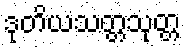
ဒုတိယသတ္တသုတ္တ